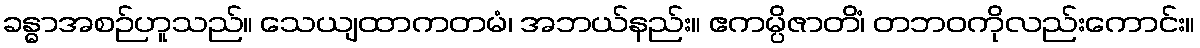
ခန္ဓာအစဉ်ဟူသည်။ သေယျထာကတမံ၊ အဘယ်နည်း။ ဧကမ္ပိဇာတိံ၊ တဘဝကိုလည်းကောင်း။